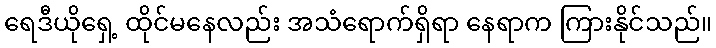
ရေဒီယိုရှေ့ ထိုင်မနေလည်း အသံရောက်ရှိရာ နေရာက ကြားနိုင်သည်။